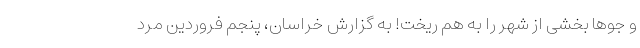
و جو‌ها بخشی از شهر را به هم ریخت! به گزارش خراسان، پنجم فروردین مرد